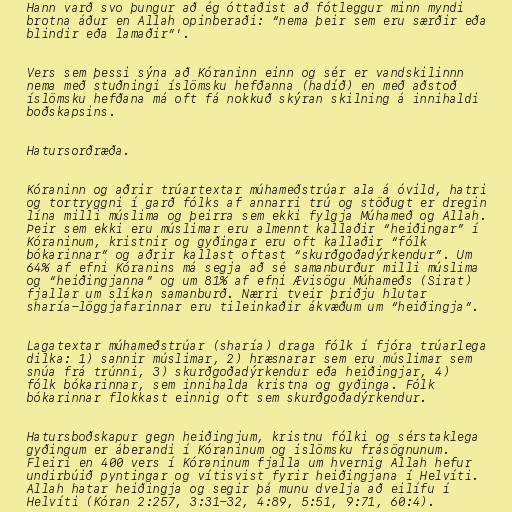
Hann varð svo þungur að ég óttaðist að fótleggur minn myndi
brotna áður en Allah opinberaði: “nema þeir sem eru særðir eða
blindir eða lamaðir”'.

Vers sem þessi sýna að Kóraninn einn og sér er vandskilinnn
nema með stuðningi íslömsku hefðanna (hadíð) en með aðstoð
íslömsku hefðana má oft fá nokkuð skýran skilning á innihaldi
boðskapsins.

Hatursorðræða.

Kóraninn og aðrir trúartextar múhameðstrúar ala á óvild, hatri
og tortryggni í garð fólks af annarri trú og stöðugt er dregin
lína milli múslima og þeirra sem ekki fylgja Múhameð og Allah.
Þeir sem ekki eru múslimar eru almennt kallaðir “heiðingar” í
Kóraninum, kristnir og gyðingar eru oft kallaðir “fólk
bókarinnar” og aðrir kallast oftast “skurðgoðadýrkendur”. Um
64% af efni Kóranins má segja að sé samanburður milli múslima
og “heiðingjanna” og um 81% af efni Ævisögu Múhameðs (Sirat)
fjallar um slíkan samanburð. Nærri tveir þriðju hlutar
sharía-löggjafarinnar eru tileinkaðir ákvæðum um “heiðingja”.

Lagatextar múhameðstrúar (sharía) draga fólk í fjóra trúarlega
dilka: 1) sannir múslimar, 2) hræsnarar sem eru múslimar sem
snúa frá trúnni, 3) skurðgoðadýrkendur eða heiðingjar, 4)
fólk bókarinnar, sem innihalda kristna og gyðinga. Fólk
bókarinnar flokkast einnig oft sem skurðgoðadýrkendur.

Hatursboðskapur gegn heiðingjum, kristnu fólki og sérstaklega
gyðingum er áberandi í Kóraninum og islömsku frásögnunum.
Fleiri en 400 vers í Kóraninum fjalla um hvernig Allah hefur
undirbúið pyntingar og vítisvist fyrir heiðingjana í Helvíti.
Allah hatar heiðingja og segir þá munu dvelja að eilífu í
Helvíti (Kóran 2:257, 3:31-32, 4:89, 5:51, 9:71, 60:4).